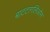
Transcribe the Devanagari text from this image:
बाटटागलिओन